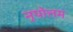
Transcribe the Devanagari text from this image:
नृपोत्तम